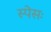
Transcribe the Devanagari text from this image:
स्पेसः